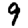
Digit: 9